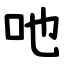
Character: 吔